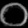
Digit: ၀